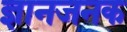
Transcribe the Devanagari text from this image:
ज्ञानजनक